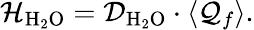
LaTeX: \mathcal{H}_{\mathrm{{H_{2}O}}}=\mathcal{D}_{\mathrm{{H_{2}O}}}\cdot\langle\mathcal{Q}_{f}\rangle.